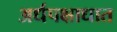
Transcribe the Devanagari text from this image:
अर्धपक्षाधात